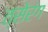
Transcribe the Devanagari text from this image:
त्सेरंग